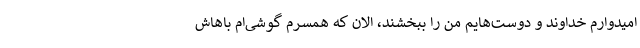
امیدوارم خداوند و دوست‌هایم من را ببخشند، الان که همسرم گوشی‌ام باهاش